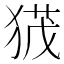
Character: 𭸙